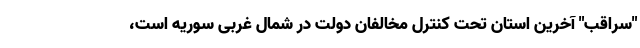
"سراقب" آخرین استان تحت کنترل مخالفان دولت در شمال غربی سوریه است،